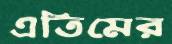
এতিমের